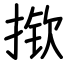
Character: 揿